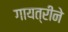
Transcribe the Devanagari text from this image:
गायत्रीने